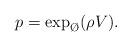
LaTeX: \begin{align*}p=\exp_{\O}(\rho V).\end{align*}